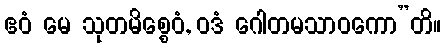
ဧဝံ မေ သုတမိစ္စေဝံ, ဝဒံ ဂေါတမသာဝကော”တိ။